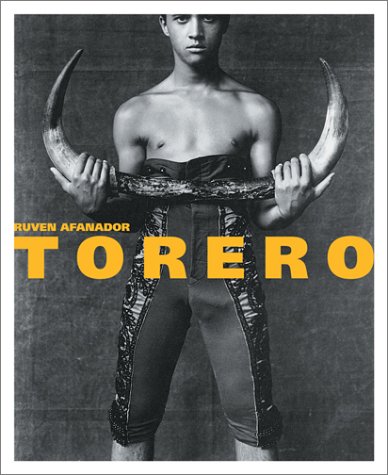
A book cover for Torero: Matadors of Colombia, Mexico, Peru and Spain; Travel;